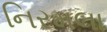
નિરમલા